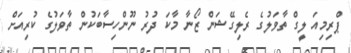
ޕްރިމިއަ ލީގް ތާވަލުގެ ރެލިގޭޝަން ޒޯނާ މާކަ ދުރު ނޫންހިސާބަކުން ތާވަލުގެ ކުރިއަށް